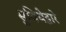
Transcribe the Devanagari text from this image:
सुविधेद्वारे